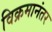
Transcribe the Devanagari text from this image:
विक्रमानंतर